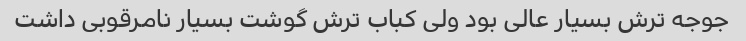
جوجه ترش بسیار عالی بود ولی کباب ترش گوشت بسیار نامرقوبی داشت